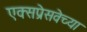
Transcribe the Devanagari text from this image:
एक्सप्रेसवेच्या